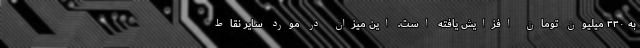
به ۳۳۰ میلیون تومان افزایش یافته است. این میزان در مورد سایر نقاط